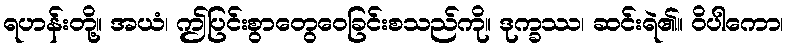
ရဟန်းတို့။ အယံ၊ ဤပြင်းစွာတွေဝေခြင်းစသည်ကို။ ဒုက္ခဿ၊ ဆင်းရဲ၏။ ဝိပါကော၊